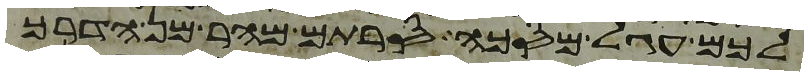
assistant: לכם עגל מסכה סרתם מהר מן הדרך